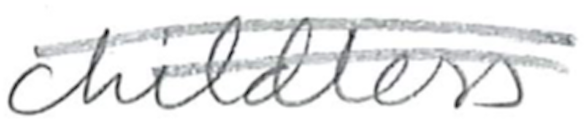
Text: childless
Cross-out: double-line
Writing tool: pencil